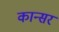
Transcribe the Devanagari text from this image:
कान्सर